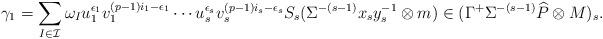
LaTeX: \begin{align*}\gamma_1=\sum_{I\in \mathcal{I}}\omega_Iu_1^{\epsilon_1}v_1^{(p-1)i_1-\epsilon_1}\cdots u_s^{\epsilon_s}v_s^{(p-1)i_s-\epsilon_s}S_s(\Sigma^{-(s-1)}x_sy_s^{-1}\otimes m)\in(\Gamma^+\Sigma^{-(s-1)}\widehat{P}\otimes M)_s.\end{align*}